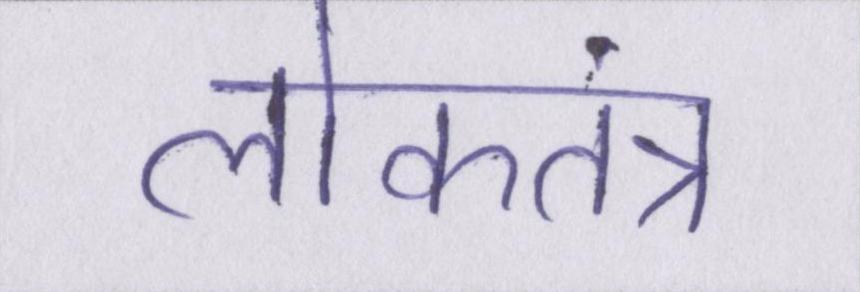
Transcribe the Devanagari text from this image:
लोकतंत्र